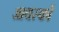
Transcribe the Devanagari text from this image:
आयस्कों